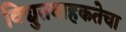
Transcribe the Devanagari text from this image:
विद्युतवाहकतेचा